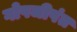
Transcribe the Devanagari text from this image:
गोपजीपंत